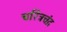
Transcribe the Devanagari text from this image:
चरित्रचंद्र